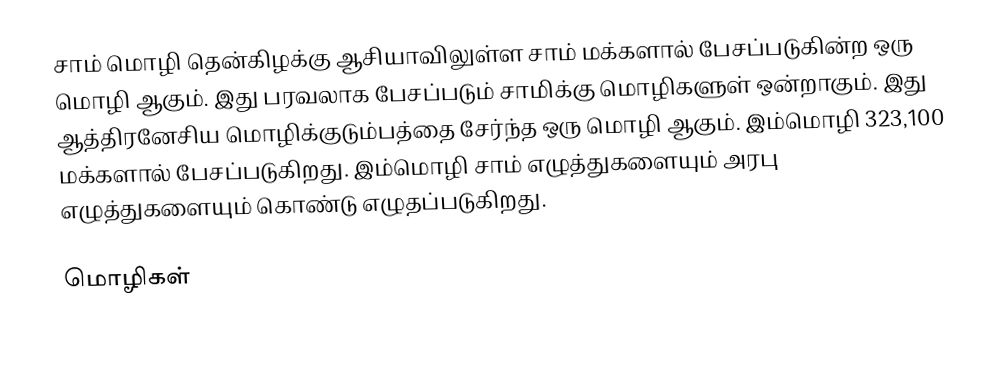
சாம் மொழி தென்கிழக்கு ஆசியாவிலுள்ள சாம் மக்களால் பேசப்படுகின்ற ஒரு மொழி ஆகும். இது பரவலாக பேசப்படும் சாமிக்கு மொழிகளுள் ஒன்றாகும். இது ஆத்திரனேசிய மொழிக்குடும்பத்தை சேர்ந்த ஒரு மொழி ஆகும். இம்மொழி 323,100 மக்களால் பேசப்படுகிறது. இம்மொழி சாம் எழுத்துகளையும் அரபு எழுத்துகளையும் கொண்டு எழுதப்படுகிறது.

மொழிகள்